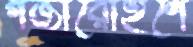
গজারোহণে